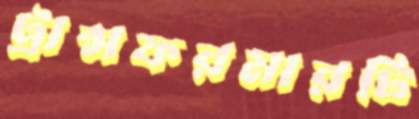
ট্রান্সফরমারটি